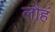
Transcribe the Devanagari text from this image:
लौहं